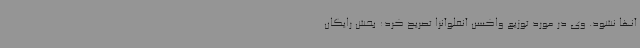
آنها نشود. وی در مورد توزیع واکسن آنفلوآنزا تصریح کرد: بخش رایگان